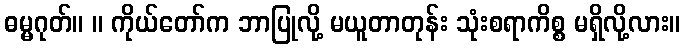
ဓမ္မဂုတ်။ ။ ကိုယ်တော်က ဘာပြုလို့ မယူတာတုန်း သုံးစရာကိစ္စ မရှိလို့လား။